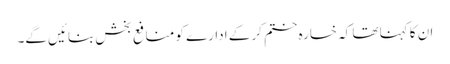
ان کا کہنا تھا کہ خسارہ ختم کر کے ادارے کو منافع بخش بنائیں گے۔